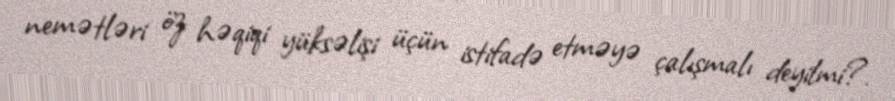
nemətləri öz həqiqi yüksəlişi üçün istifadə etməyə çalışmalı deyilmi?.